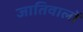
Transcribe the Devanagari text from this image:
जातिवालों